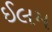
ઈલમ